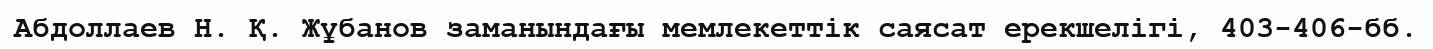
Абдоллаев Н. Қ. Жұбанов заманындағы мемлекеттік саясат ерекшелігі, 403-406-бб.